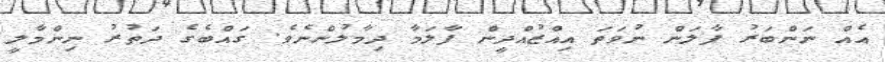
އެއް ނަންބަރު ފާލަން ނުވަތަ އިއްޒުއްދީން ފާލަމާ ދިމާލުންނެވެ. ގައްބެގެ ދަތުރު ނިންމާލީ